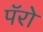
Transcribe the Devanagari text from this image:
पॅरो